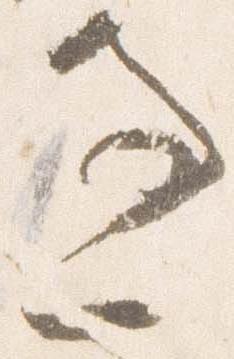
過